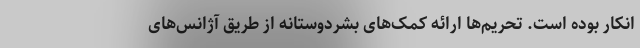
انکار بوده است. تحریم‌ها ارائه کمک‌های بشردوستانه از طریق آژانس‌های